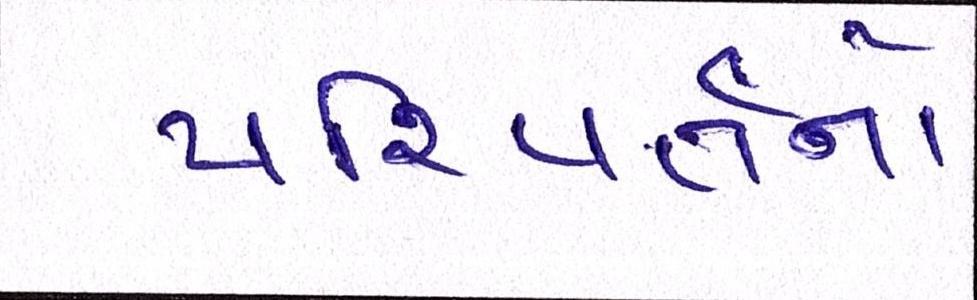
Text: પરિવર્તનો